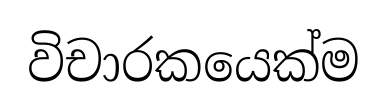
විචාරකයෙක්ම